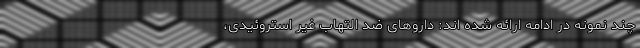
چند نمونه در ادامه ارائه شده اند: داروهای ضد التهاب غیر استروئیدی،